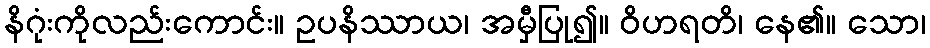
နိဂုံးကိုလည်းကောင်း။ ဥပနိဿာယ၊ အမှီပြု၍။ ဝိဟရတိ၊ နေ၏။ သော၊